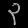
Digit: ၃